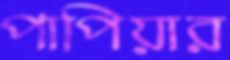
পাপিয়ার